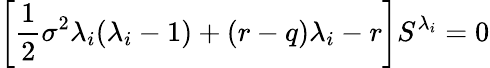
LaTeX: \left[{\frac{1}{2}}\sigma^{2}\lambda_{i}(\lambda_{i}-1)+(r-q)\lambda_{i}-r\right]S^{\lambda_{i}}=0